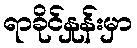
ရာခိုင်နှုန်းမှာ